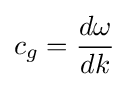
c_{g}={\frac {d\omega }{dk}}